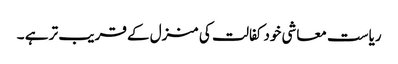
ریاست معاشی خود کفالت کی منزل کے قریب تر ہے ۔